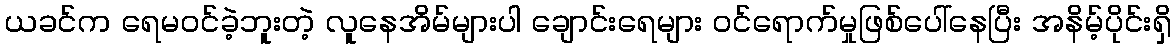
ယခင်က ရေမဝင်ခဲ့ဘူးတဲ့ လူနေအိမ်များပါ ချောင်းရေများ ဝင်ရောက်မှုဖြစ်ပေါ်နေပြီး အနိမ့်ပိုင်းရှိ